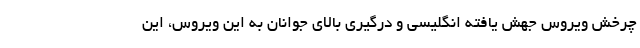
چرخش ویروس جهش یافته انگلیسی و درگیری بالای جوانان به این ویروس، این